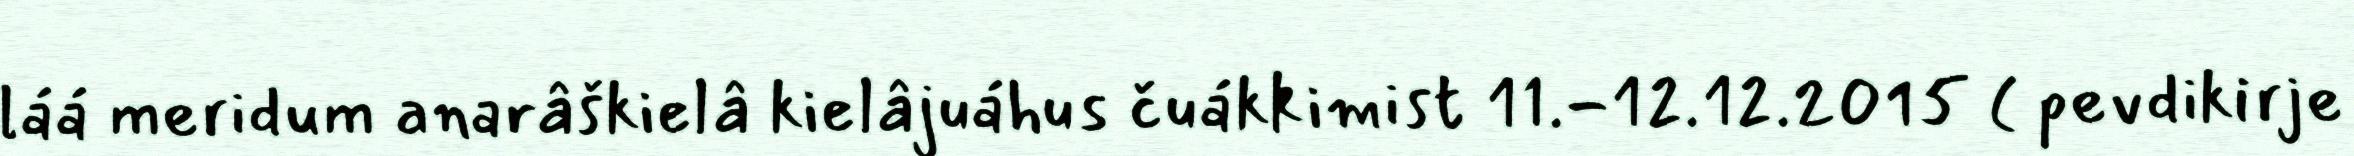
láá meridum anarâškielâ kielâjuáhus čuákkimist 11.-12.12.2015 ( pevdikirje